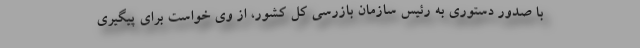
با صدور دستوری به رئیس سازمان بازرسی کل کشور، از وی خواست برای پیگیری